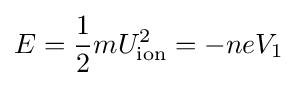
E={\frac {1}{2}}mU_{\mathrm {ion} }^{2}=-neV_{1}